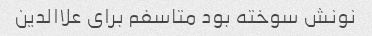
نونش سوخته بود متاسفم برای علاالدین